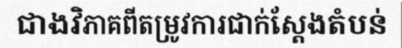
ជាងវិភាគពីតម្រូវការជាក់ស្តែងតំបន់